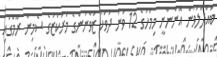
ބައްދަލުވުން އޮންނާނީ މިމަހުގެ 12 ވަނަ ދުވަހު ޒުވާނުންގެ މަރުކަޒުގެ ސެމިނާ ރޫމްގައި